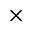
\times